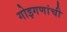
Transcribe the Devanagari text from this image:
गोइगणांची